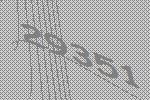
29351